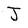
Character: J